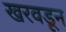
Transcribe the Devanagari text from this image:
खरवडून